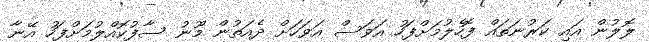
ލޮލުން އައި ކަރުނަތައް ފޮހެލުމަށްފަހު އަވަސް އަވަހަށް ދެއަތުން މޫނު ސާފުކޮއްލުމަށްފަހު އޭނާ